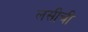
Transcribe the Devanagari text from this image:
लसीची